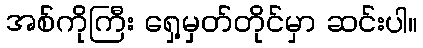
အစ်ကိုကြီး ရှေ့မှတ်တိုင်မှာ ဆင်းပါ။